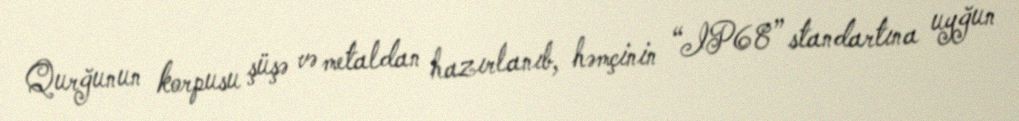
Qurğunun korpusu şüşə və metaldan hazırlanıb, həmçinin “IP68” standartına uyğun